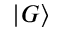
| G \rangle